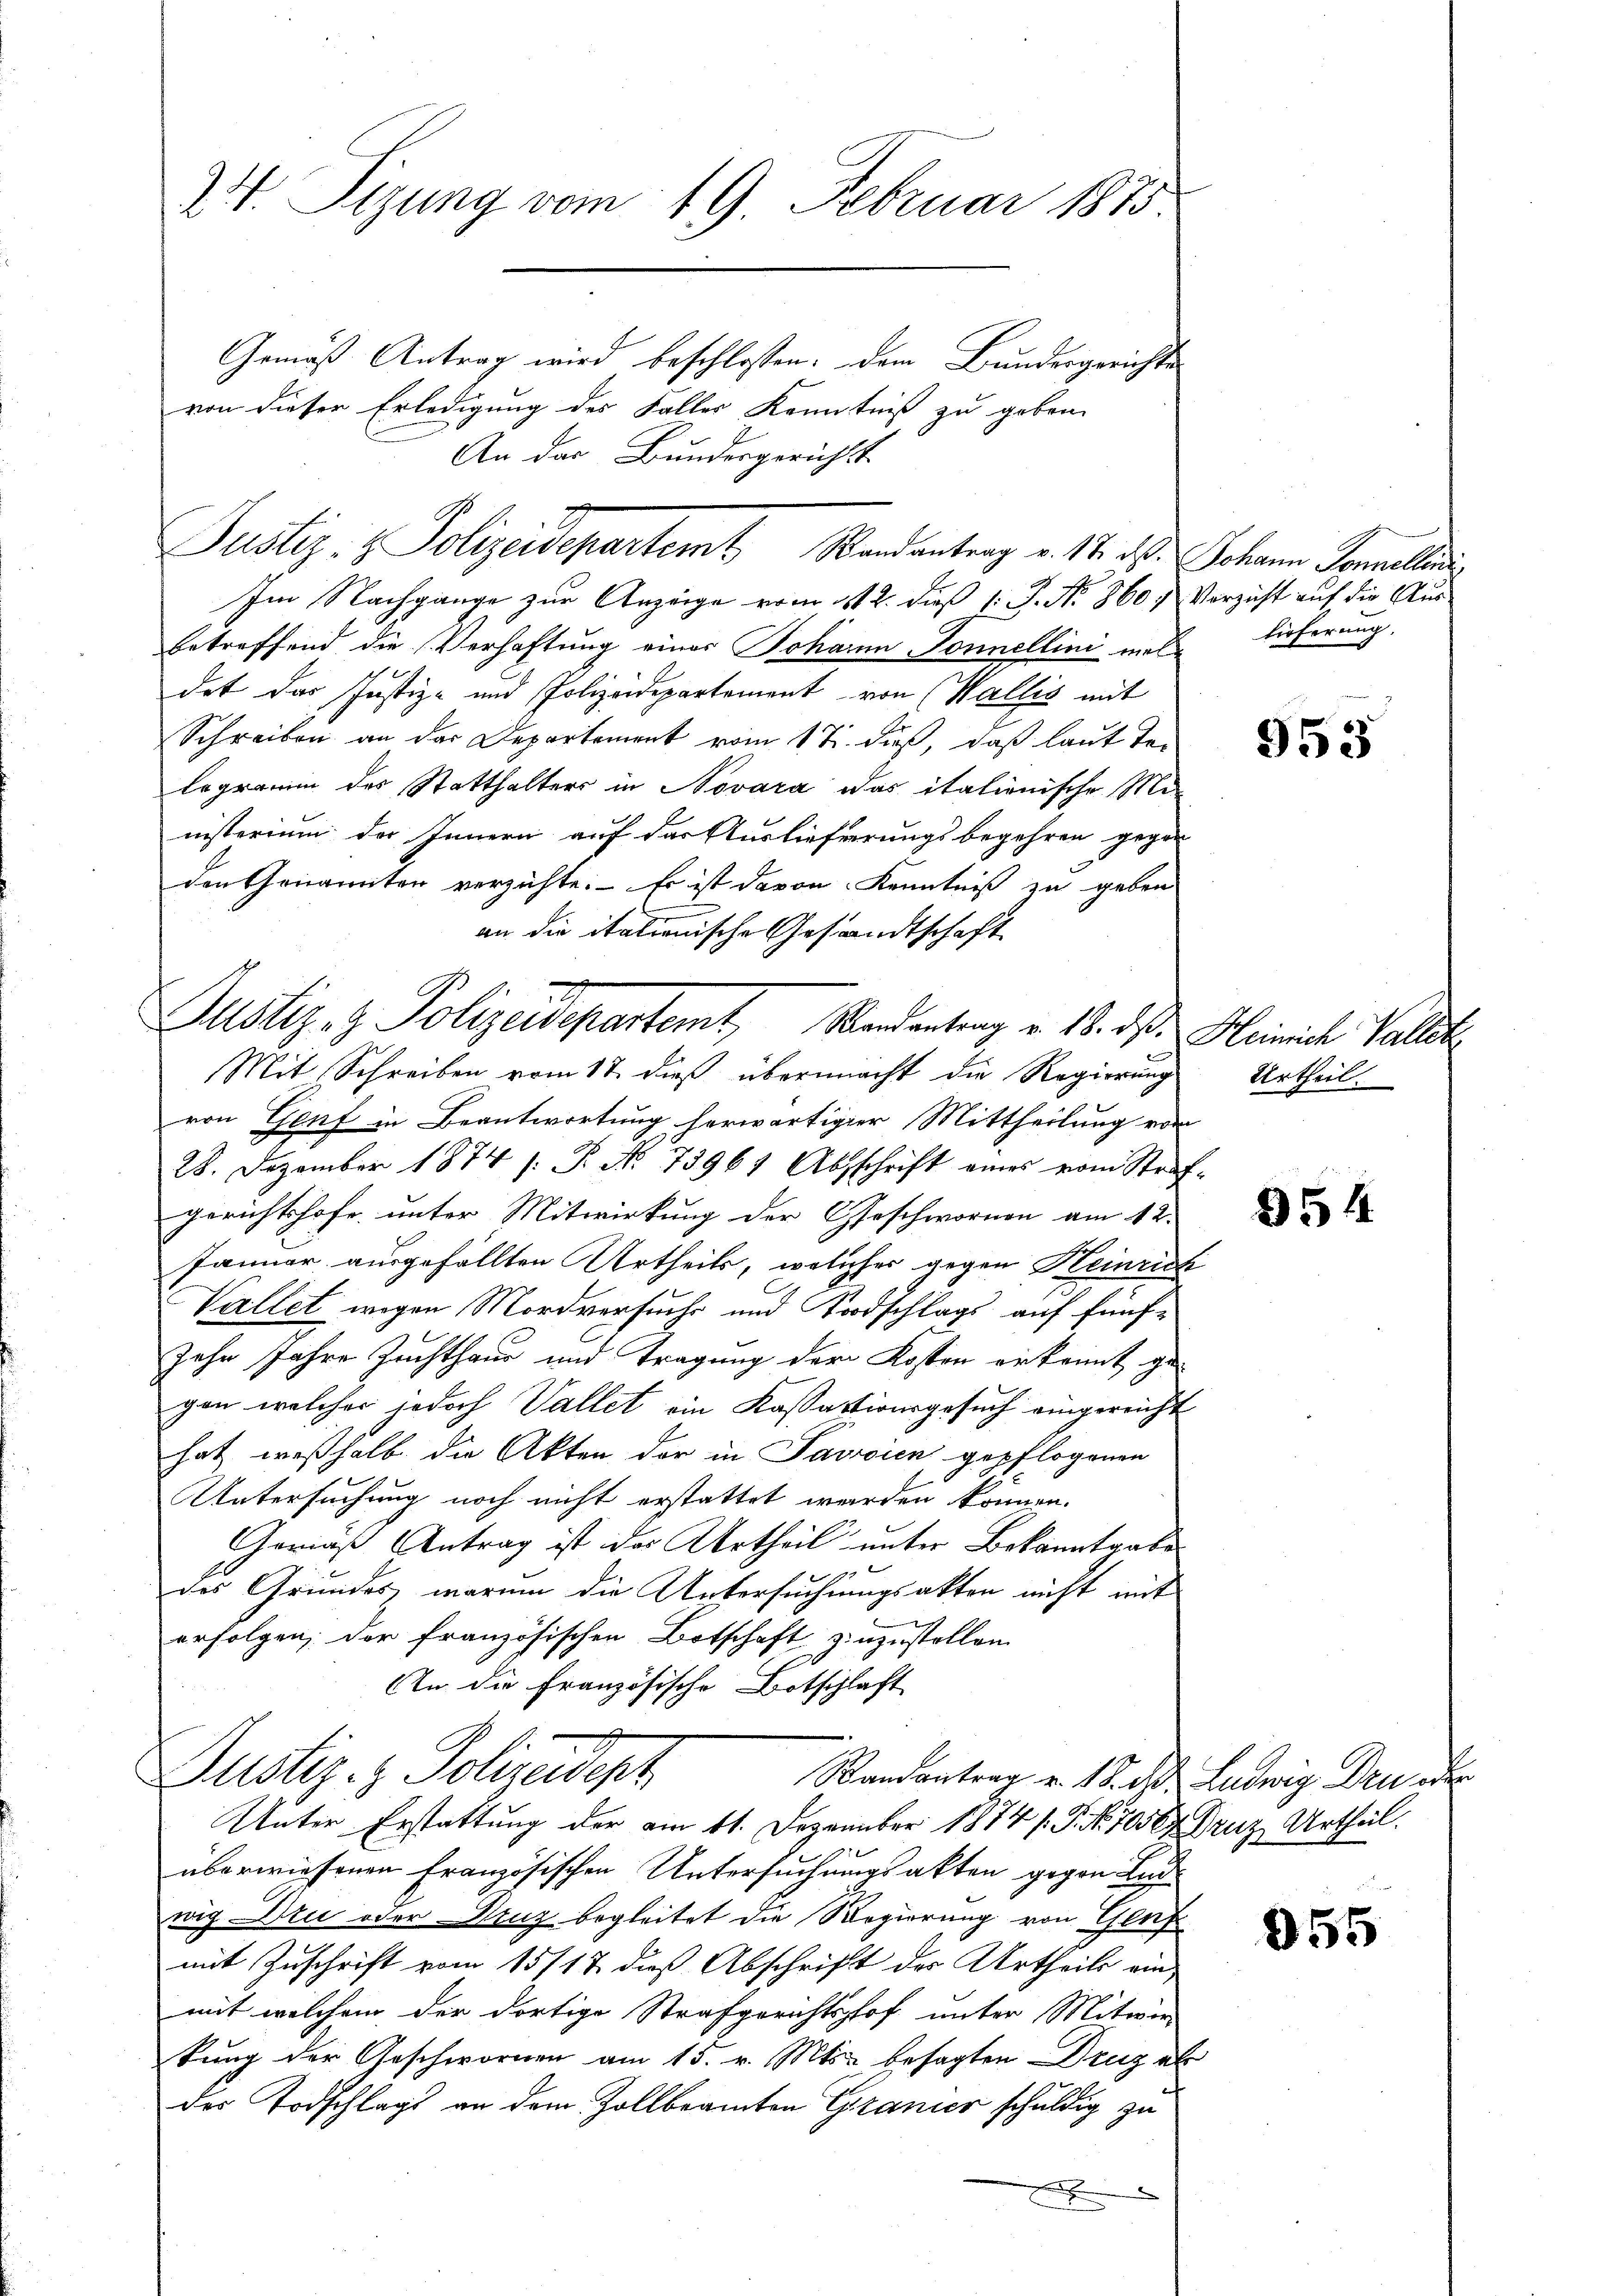
24. Sizung vom 19. Februar 1875

Justiz- & Polizeidepartamt Wandentrag v. 14. ds. Johann Jonellen.

Gemäß Antrag wird beschlossen: dem Bundesgerichte
von dieser Erledigung des Faller Kenntniß zu geben.
An der Bundesgerichtst
Im Nachgange zur Anzeige vom 11. 2. dieß (: P. No 860, Verzicht auf die Aus-
betreffend die Verhaftung einer Johann Sonnellini meldet das Justiz- und Polizeidepartement von (Wallis mit
Schreiben an der Departement vom 17. dieß, daß laut Telegramm des Statthalters in Novara das italienische Ministerium des Innern auf das Auslieferungsbegehren gegen
den Genannten verzichte. Es ist davon Kenntniß zu geben
an die italionische Gesandtschaft
Mit Schreiben vom 12. dieß übermacht die Regierung
von Genf in Beantwortung herwärtiger Mittheilung von
28. Dezember 1874 /: P. No 13961 Abschrift eines vom Straf-
gerichtshofe unter Mitwirkung der Geschwornen am 12.
Jänner ausgefällten Urtheils, welches gegen Heinrich
Vallet wegen Mordversuchs und Todschlags auf fünfzehn Jahre Zuchthaus und Tragung der Kosten erkannt gegen welcher jedoch Vallet ein Kassationsgesuch eingereicht
hat, weßhalb die Akten der in Pavicien gepflogenen
Untersuchung noch nicht erstattet werden können.
Gerins Antrag ist der Urtheil unter Bekanntgabe
des Grundes, warum die Untersuchungsakten nicht mit
erfolgen, der französischen Botschaft zinzustellen.
An die Französische Botschlaft
Justiz- & Polizeidep
Randantrag v. 18. d. Ludwig Drueder
Unter Erstattung der am 11. Dezember 1874 /.P. Nr. 700 Druz Urtheil.
überwiesenen Französischen Untersuchungsakten gegen Le
wig Dru oder Ding begleitet die Regierung von Genf
mit Zuschrift vom 15117. dieß Abschrift der Urtheils ein
mit welchem der dortige Strafgerichtshof unter Mitwir
kung der Geschwornen am 15. v. Mts. besagten Druz al
des Todschlags an dem Zollbeamten Granier schuldig zu

Justiz- & Polizeidepartemt, Mandantrag v. 18. ds. Heinrich Valler

lieferung.

Urtheil

953

354

955